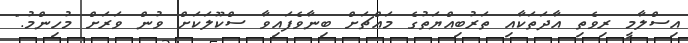
އިސްލާމީ ރިވެތި އާދަތަކާއި ތަރުބިއްޔަތުގެ މައްޗަށް ބިނާވެފައިވާ ސްކޫލަކަށް ވުން ވަރަށް މުހިންމު."